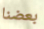
بعضنا